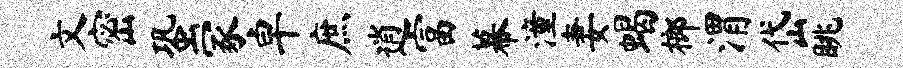
文密蛩冢卓庶逍富幕潼妻蝎榔渭岱眺